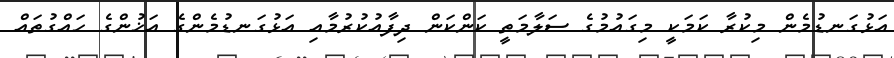
އަޅުގަނޑުމެން މިކުރާ ކަމަކީ މިގައުމުގެ ސަލާމަތީ ކަންކަން ދިފާއުކުރުމާއި އަޅުގަނޑުމެންގެ އަޚުންގެ ހައްގުތައް